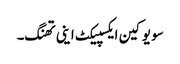
سو یو کین ایکسپیکٹ اینی تھنگ۔